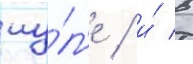
иу́л'е / и́ в